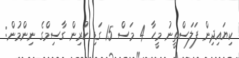
ކިޔައިދިން ފަލަސްތީނު މީހާ 4 މަސް 15 ގަޑި ކުރިން ގާސިމްގެ ނިންމުން: